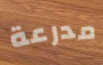
مدرعة